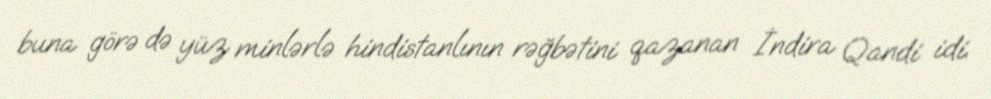
buna görə də yüz minlərlə hindistanlının rəğbətini qazanan İndira Qandi idi.